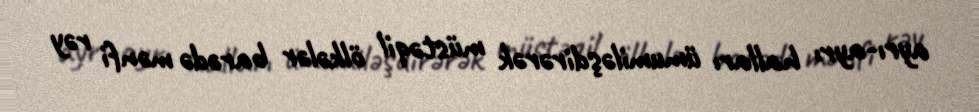
ayrı-ayrı halları ümumiləşdirərək müstəqil ölkələr barədə mənfi rəy